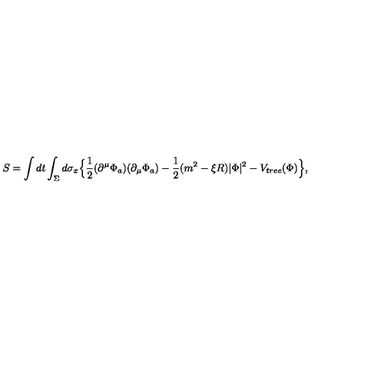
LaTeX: S = \int d t \int _ { \Sigma } d \sigma _ { x } \Big \lbrace \frac 1 2 ( \partial ^ { \mu } \Phi _ { a } ) ( \partial _ { \mu } \Phi _ { a } ) - \frac 1 2 ( m ^ { 2 } - \xi R ) | \Phi | ^ { 2 } - V _ { t r e e } ( \Phi ) \Big \rbrace ,